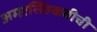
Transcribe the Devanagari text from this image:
अमरसिंहकवीची